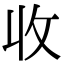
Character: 收